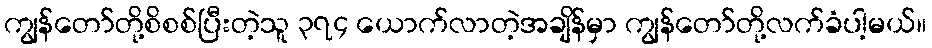
ကျွန်တော်တို့စိစစ်ပြီးတဲ့သူ ၃၇၄ ယောက်လာတဲ့အချိန်မှာ ကျွန်တော်တို့လက်ခံပါ့မယ်။